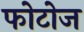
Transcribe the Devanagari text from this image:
फोटोज